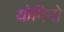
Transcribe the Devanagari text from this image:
योगिनो